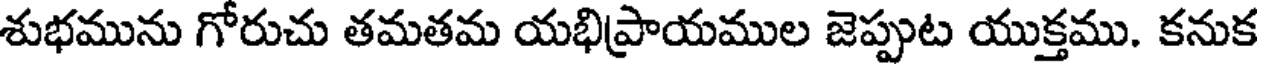
శుభమును గోరుచు తమతమ యభిప్రాయముల జెప్పుట యుక్తము. కనుక